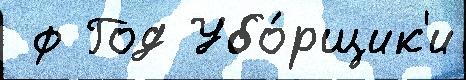
 ф Год Убо́рщик'и